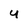
Character: y